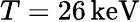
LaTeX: T=26\, \mathrm{keV}